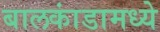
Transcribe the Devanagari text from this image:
बालकांडामध्ये